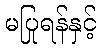
မပြုရန်နှင့်